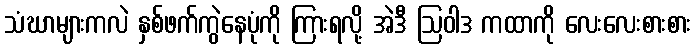
သံဃာများကလဲ နှစ်ဖက်ကွဲနေပုံကို ကြားရလို့ အဲဒီ ဩဝါဒ ကထာကို လေးလေးစားစား